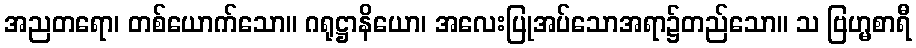
အညတရော၊ တစ်ယောက်သော။ ဂရုဋ္ဌာနိယော၊ အလေးပြုအပ်သောအရာ၌တည်သော။ သ ဗြဟ္မစာရီ